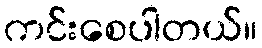
ကင်းစေပါတယ်။